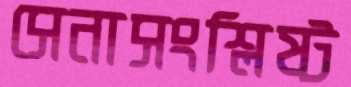
সেনাসংশ্লিষ্ট